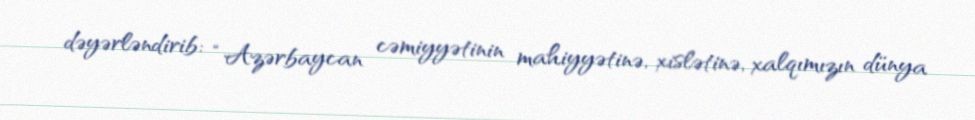
dəyərləndirib: “Azərbaycan cəmiyyətinin mahiyyətinə, xislətinə, xalqımızın dünya